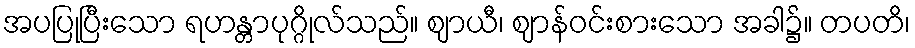
အပပြုပြီးသော ရဟန္တာပုဂ္ဂိုလ်သည်။ ဈာယီ၊ ဈာန်ဝင်းစားသော အခါ၌။ တပတိ၊